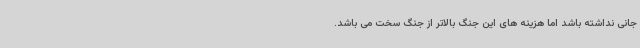
جانی نداشته باشد اما هزینه های این جنگ بالاتر از جنگ سخت می باشد.